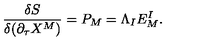
{ \frac { \delta S } { \delta ( \partial _ { \tau } X ^ { M } ) } } = P _ { M } = \Lambda _ { I } E _ { M } ^ { I } .